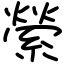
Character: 縈